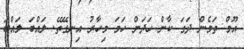
އޫމް ތަމެން ދަގަ ކާން ހަދަން ހަމަ މިހާރު އިނގޭތޭ. ލައްބަ ލައްބަ